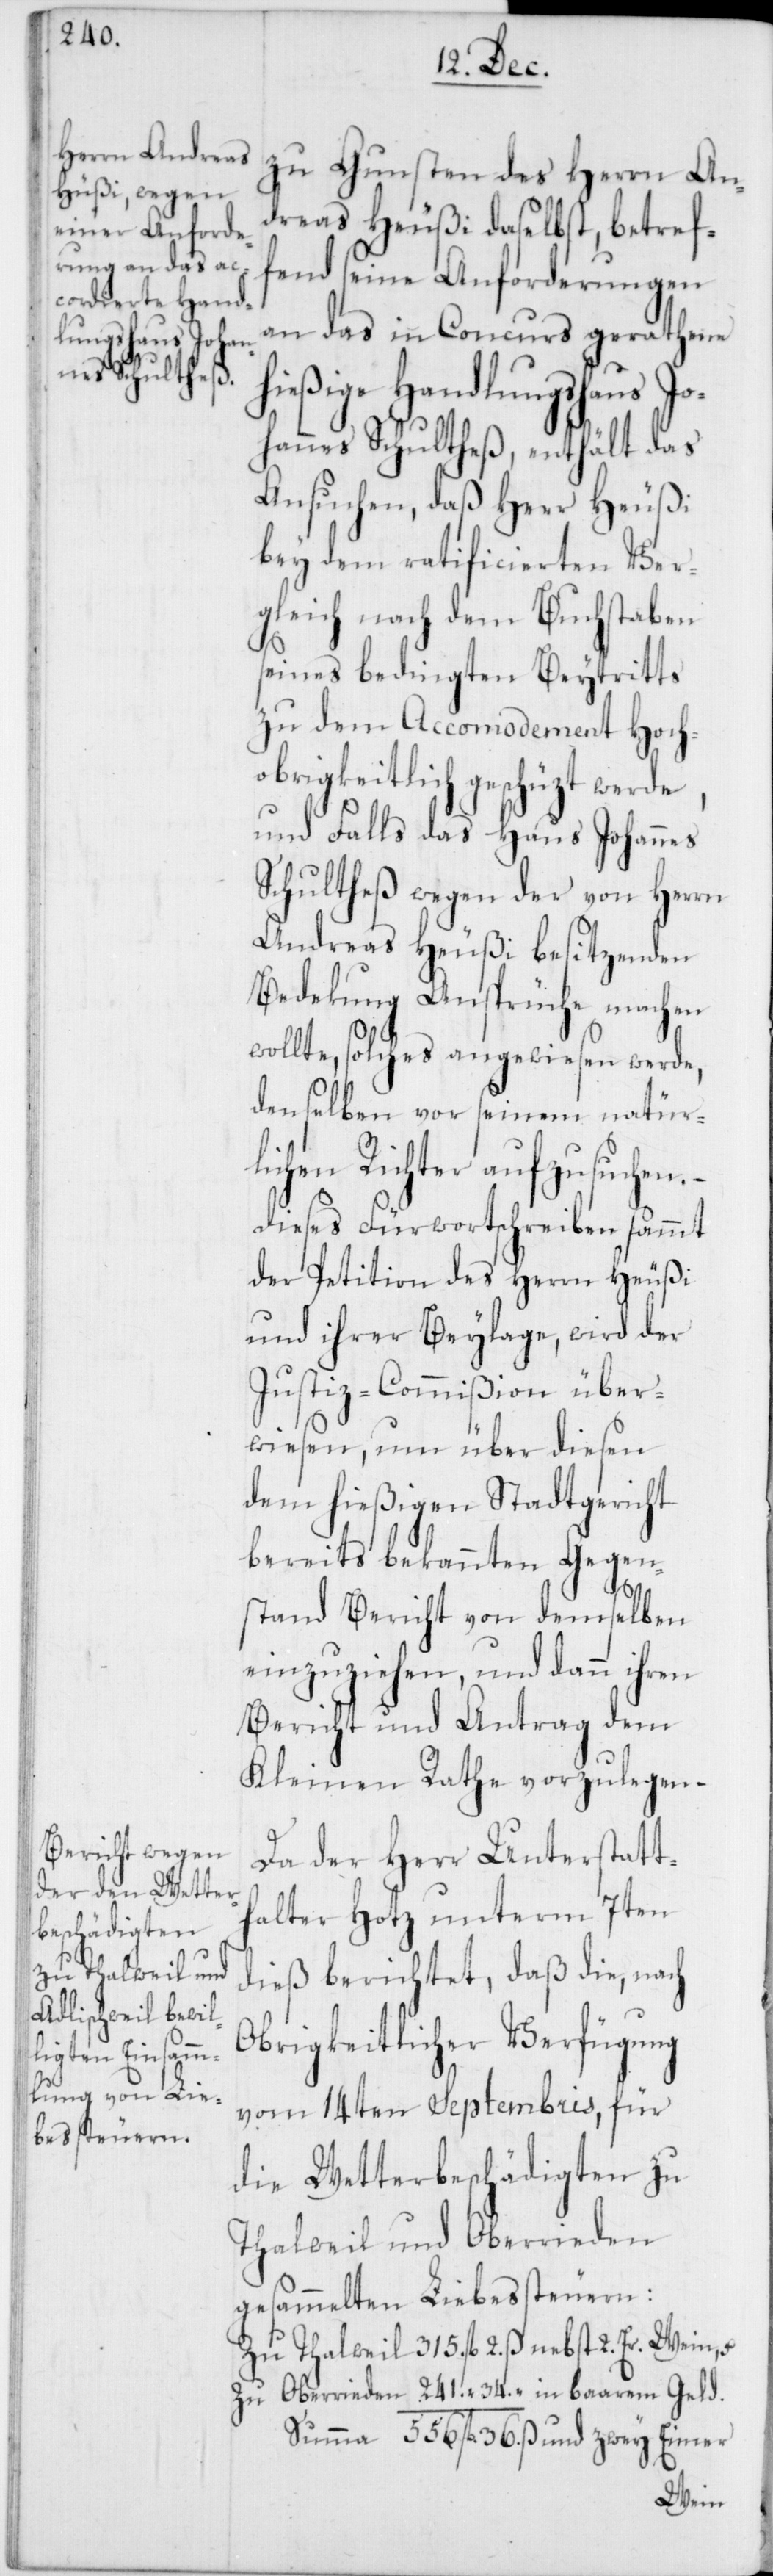
betref¬
zu Gunsten des Herrn An¬
fend seine Anforderungen
an das in Concurs gerathene
hießige Handlungshaus Jo¬
hannes Schultheß, enthält das
Ansuchen, daß Herr Heußi
bey dem ratificierten Ver¬
gleich nach dem Buchstaben
seines bedingten Beytritts
zu dem Accomodement Hoch¬
obrigkeitlich geschüzt werde,
und Falls das Haus Johannes
Schultheß wegen der von Herrn
Andreas Heußi besitzenden
Bedekung Ansprüche machen
wollte, solches angewiesen werde,
denselben vor seinem natürl¬
ichen Richter aufzusuchen,
dieses Fürwortschreiben sammt
der Petition des Herrn Heußi
und ihrer Beylage, wird der
Justiz-Commißion über¬
wiesen, um über diesen
dem hießigen Stadtgericht
bereits bekannten Gegen¬
stand Bericht von demselben
einzuziehen, und dann ihren
Bericht und Antrag dem
Kleinen Rathe vorzulegen.
Da der Herr Unterstatt¬
halter Hotz unterm 7ten
dieß berichtet, daß die, nach
Obrigkeitlicher Verfügung
vom 14ten Septembris, für
die Wetterbeschädigten zu
Thalweil und Oberrieden
gesammelten Liebessteuern:
Zu Thalweil 315. fl. 2. ß nebst 2. Er. Wein,
zu Oberrieden 241. “. 34. “ in baarem Geld.
Summa 556. fl. 36. ß und zwey Eimer